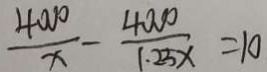
\frac { 4 0 0 0 } { x } - \frac { 4 0 0 0 } { 1 . 2 5 x } = 1 0